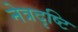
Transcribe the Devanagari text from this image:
नेत्रदृष्टि